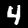
Label: 4